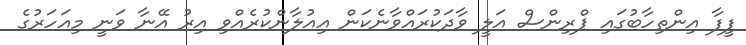
ފީފާ އިންތިހާބުގައި ޕްރިންސް އަލީ ވާދަކުރައްވާނެކަން އިއުލާންކުރެއްވި އިރު އޭނާ ވަނީ މިއަހަރުގެ